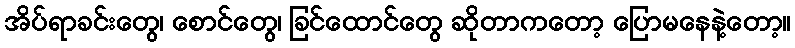
အိပ်ရာခင်းတွေ၊ စောင်တွေ၊ ခြင်ထောင်တွေ ဆိုတာကတော့ ပြောမနေနဲ့တော့။